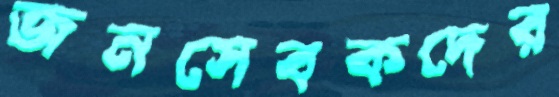
জনসেবকদের